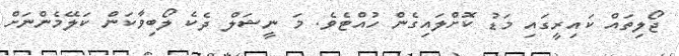
ޖޯލިތައް ކައިރީގައި މަޑު ކޮށްލައިގެން ހުއްޓެވެ. މަ ނީޝަލް ދެކެ ލޯބިވާކަން ކަލޭމެންނަށް